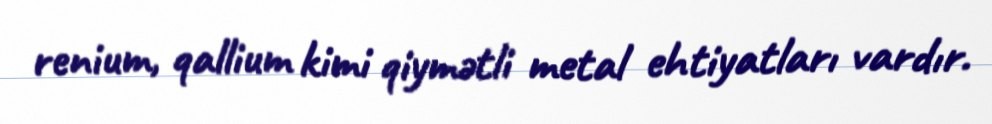
renium, qallium kimi qiymətli metal ehtiyatları vardır.